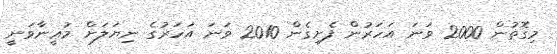
މިގޮތުން 2000 ވަނަ އަހަރުން ފެށިގެން 2010 ވަނަ އަހަރުގެ ނިޔަލަށް މުޢީނާވަނީ